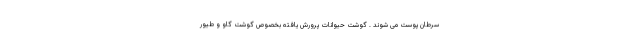
سرطان پوست می شوند . گوشت حیوانات پرورش یافته بخصوص گوشت گاو و طیور